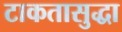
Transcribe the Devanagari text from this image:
टाकतासुद्धा